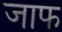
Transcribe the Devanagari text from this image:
जाफ